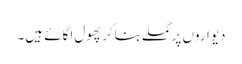
دیواروں پر گملے بناکر پھول اگائے ہیں۔